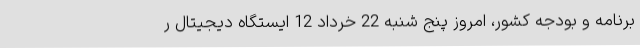
برنامه و بودجه کشور، امروز پنج شنبه 22 خرداد 12 ایستگاه دیجیتال ر